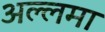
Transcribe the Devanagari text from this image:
अल्लमा